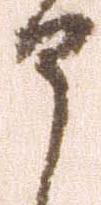
申